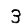
Digit: 3